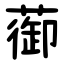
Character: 蓹